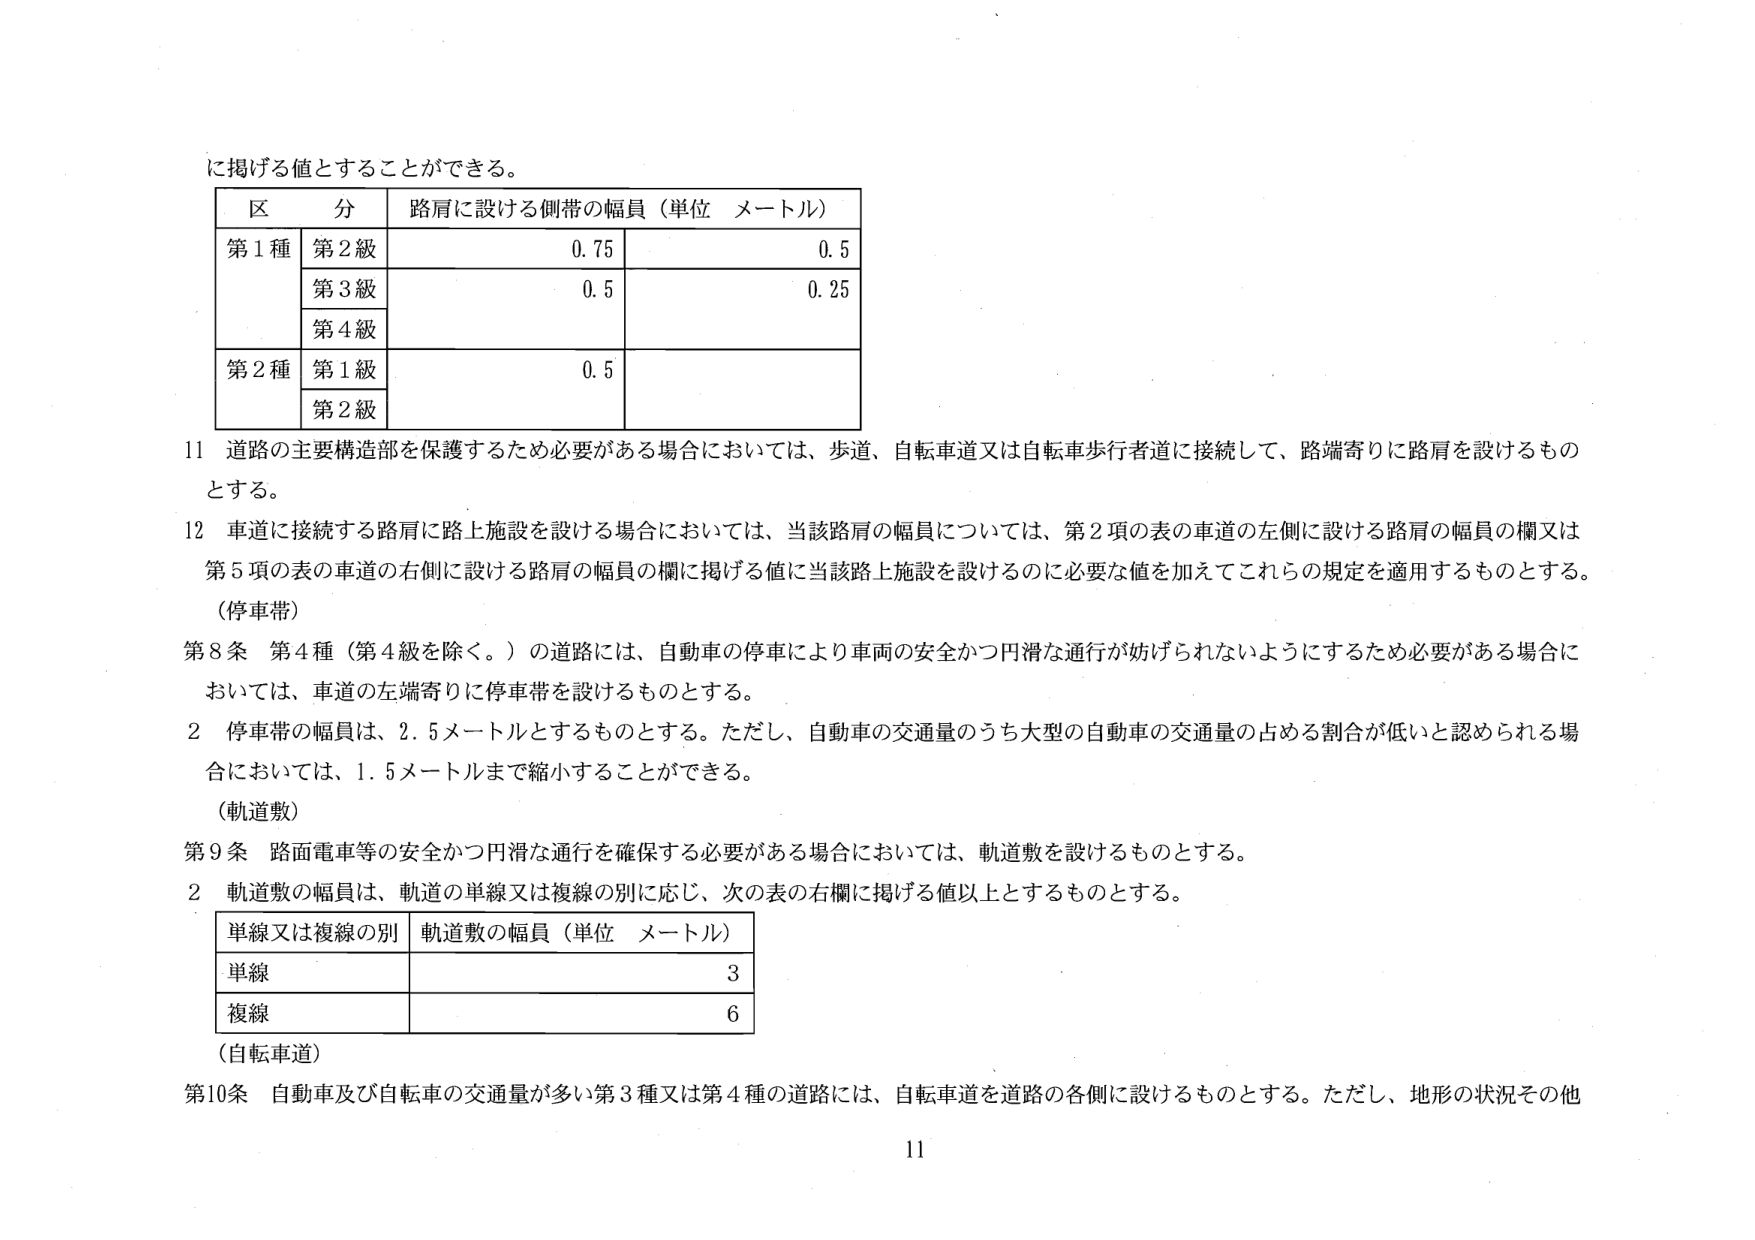
に掲げる値とすることができる。

区 分 路肩に設ける側帯の幅員（単位 メートル）
第1種 第2級 0.75 0.5
第3級 0.5 0.25
第4級
第2種 第1級 0.5
第2級

11 道路の主要構造部を保護するため必要がある場合においては、歩道、自転車道又は自転車歩行者道に接続して、路端寄りに路肩を設けるものとする。

12 車道に接続する路肩に路上施設を設ける場合においては、当該路肩の幅員については、第2項の表の車道の左側に設ける路肩の幅員の欄又は第5項の表の車道の右側に設ける路肩の幅員の欄に掲げる値に当該路上施設を設けるのに必要な値を加えてこれらの規定を適用するものとする。
（停車帯）

第8条 第4種（第4級を除く。）の道路には、自動車の停車により車両の安全かつ円滑な通行が妨げられないようにするため必要がある場合においては、車道の左端寄りに停車帯を設けるものとする。

2 停車帯の幅員は、2.5メートルとするものとする。ただし、自動車の交通量のうち大型の自動車の交通量の占める割合が低いと認められる場合においては、1.5メートルまで縮小することができる。
（軌道敷）

第9条 路面電車等の安全かつ円滑な通行を確保する必要がある場合においては、軌道敷を設けるものとする。

2 軌道敷の幅員は、軌道の単線又は複線の別に応じ、次の表の右欄に掲げる値以上とするものとする。

単線又は複線の別 軌道敷の幅員（単位 メートル）
単線 3
複線 6

（自転車道）

第10条 自動車及び自転車の交通量が多い第3種又は第4種の道路には、自転車道を道路の各側に設けるものとする。ただし、地形の状況その他

11